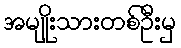
အမျိုးသားတစ်ဦးမှ